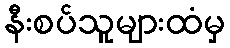
နီးစပ်သူများထံမှ